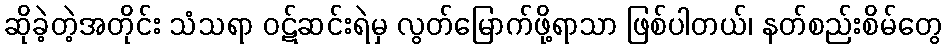
ဆိုခဲ့တဲ့အတိုင်း သံသရာ ဝဋ်ဆင်းရဲမှ လွတ်မြောက်ဖို့ရာသာ ဖြစ်ပါတယ်၊ နတ်စည်းစိမ်တွေ